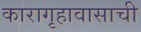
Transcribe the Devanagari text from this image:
कारागृहावासाची